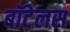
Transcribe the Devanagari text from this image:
बॉटेलस